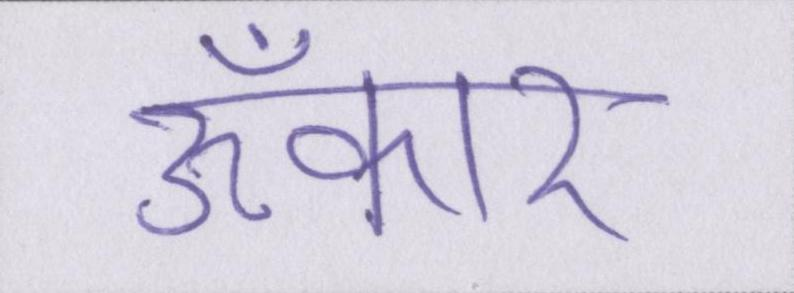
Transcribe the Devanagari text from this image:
ॐकार